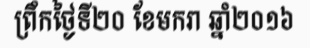
ព្រឹកថ្ងៃទី២០ ខែមករា ឆ្នាំ២០១៦